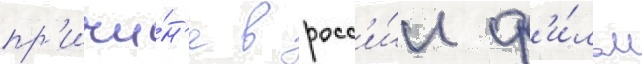
пр'ичи́н'е в росс'и́и ф'и́льм